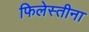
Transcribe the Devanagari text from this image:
फिलेस्तीना